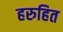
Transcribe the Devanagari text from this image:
हरुहित